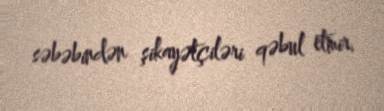
səbəbindən şikayətçiləri qəbul etmir.